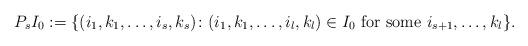
LaTeX: \begin{align*}P_sI_0:=\{(i_1,k_1,\ldots,i_s,k_s)\colon (i_1,k_1,\ldots,i_l,k_l)\in I_0 \mbox{ for some }i_{s+1},\ldots,k_l\}.\end{align*}